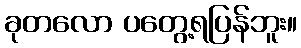
ခုတလော ပတွေ့ရပြန်ဘူး။